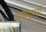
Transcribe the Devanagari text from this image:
पाँचगुनी